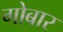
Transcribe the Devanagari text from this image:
गोबार